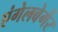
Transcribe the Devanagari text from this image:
एंगेलबेर्गेर